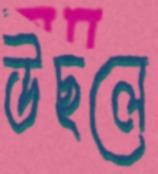
উছলে